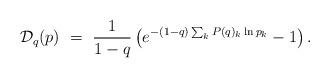
LaTeX: \begin{align*}\mathcal{D}_q(p) \ = \ \frac{1}{1-q} \left(e^{-(1-q) \sum_k P(q)_k \ln p_k} -1\right).\end{align*}